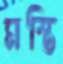
মস্তি